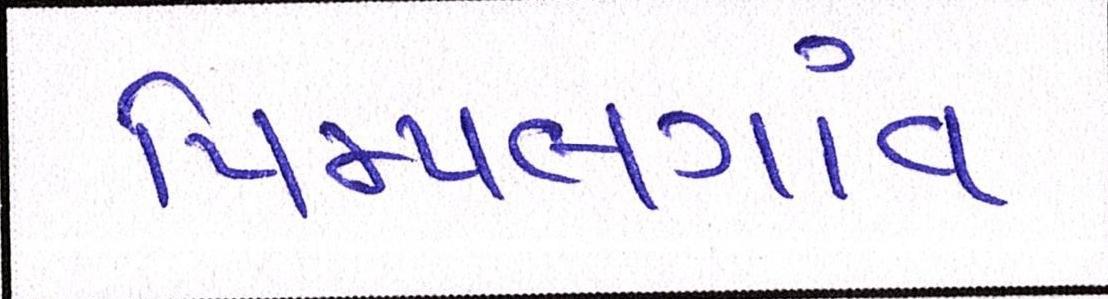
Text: પિમ્પલગાંવ